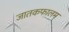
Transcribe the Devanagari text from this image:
जातकफालम